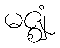
မဇ္ဈံ